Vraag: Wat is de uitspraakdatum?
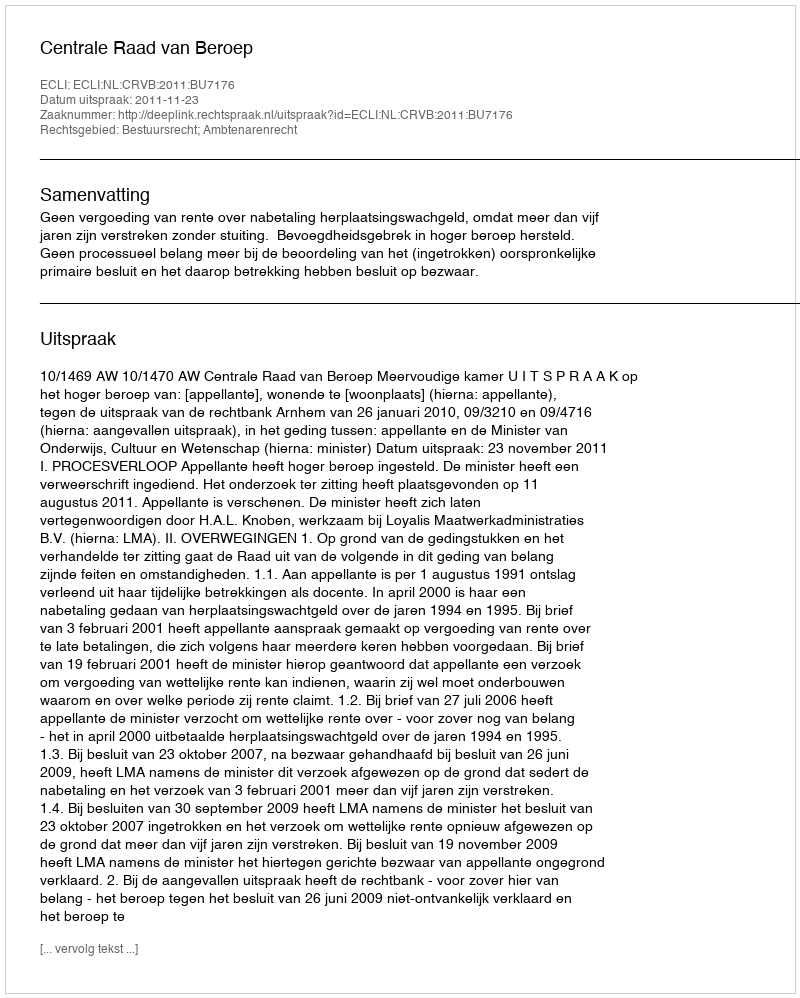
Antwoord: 2011-11-23